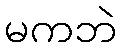
မကဘဲ